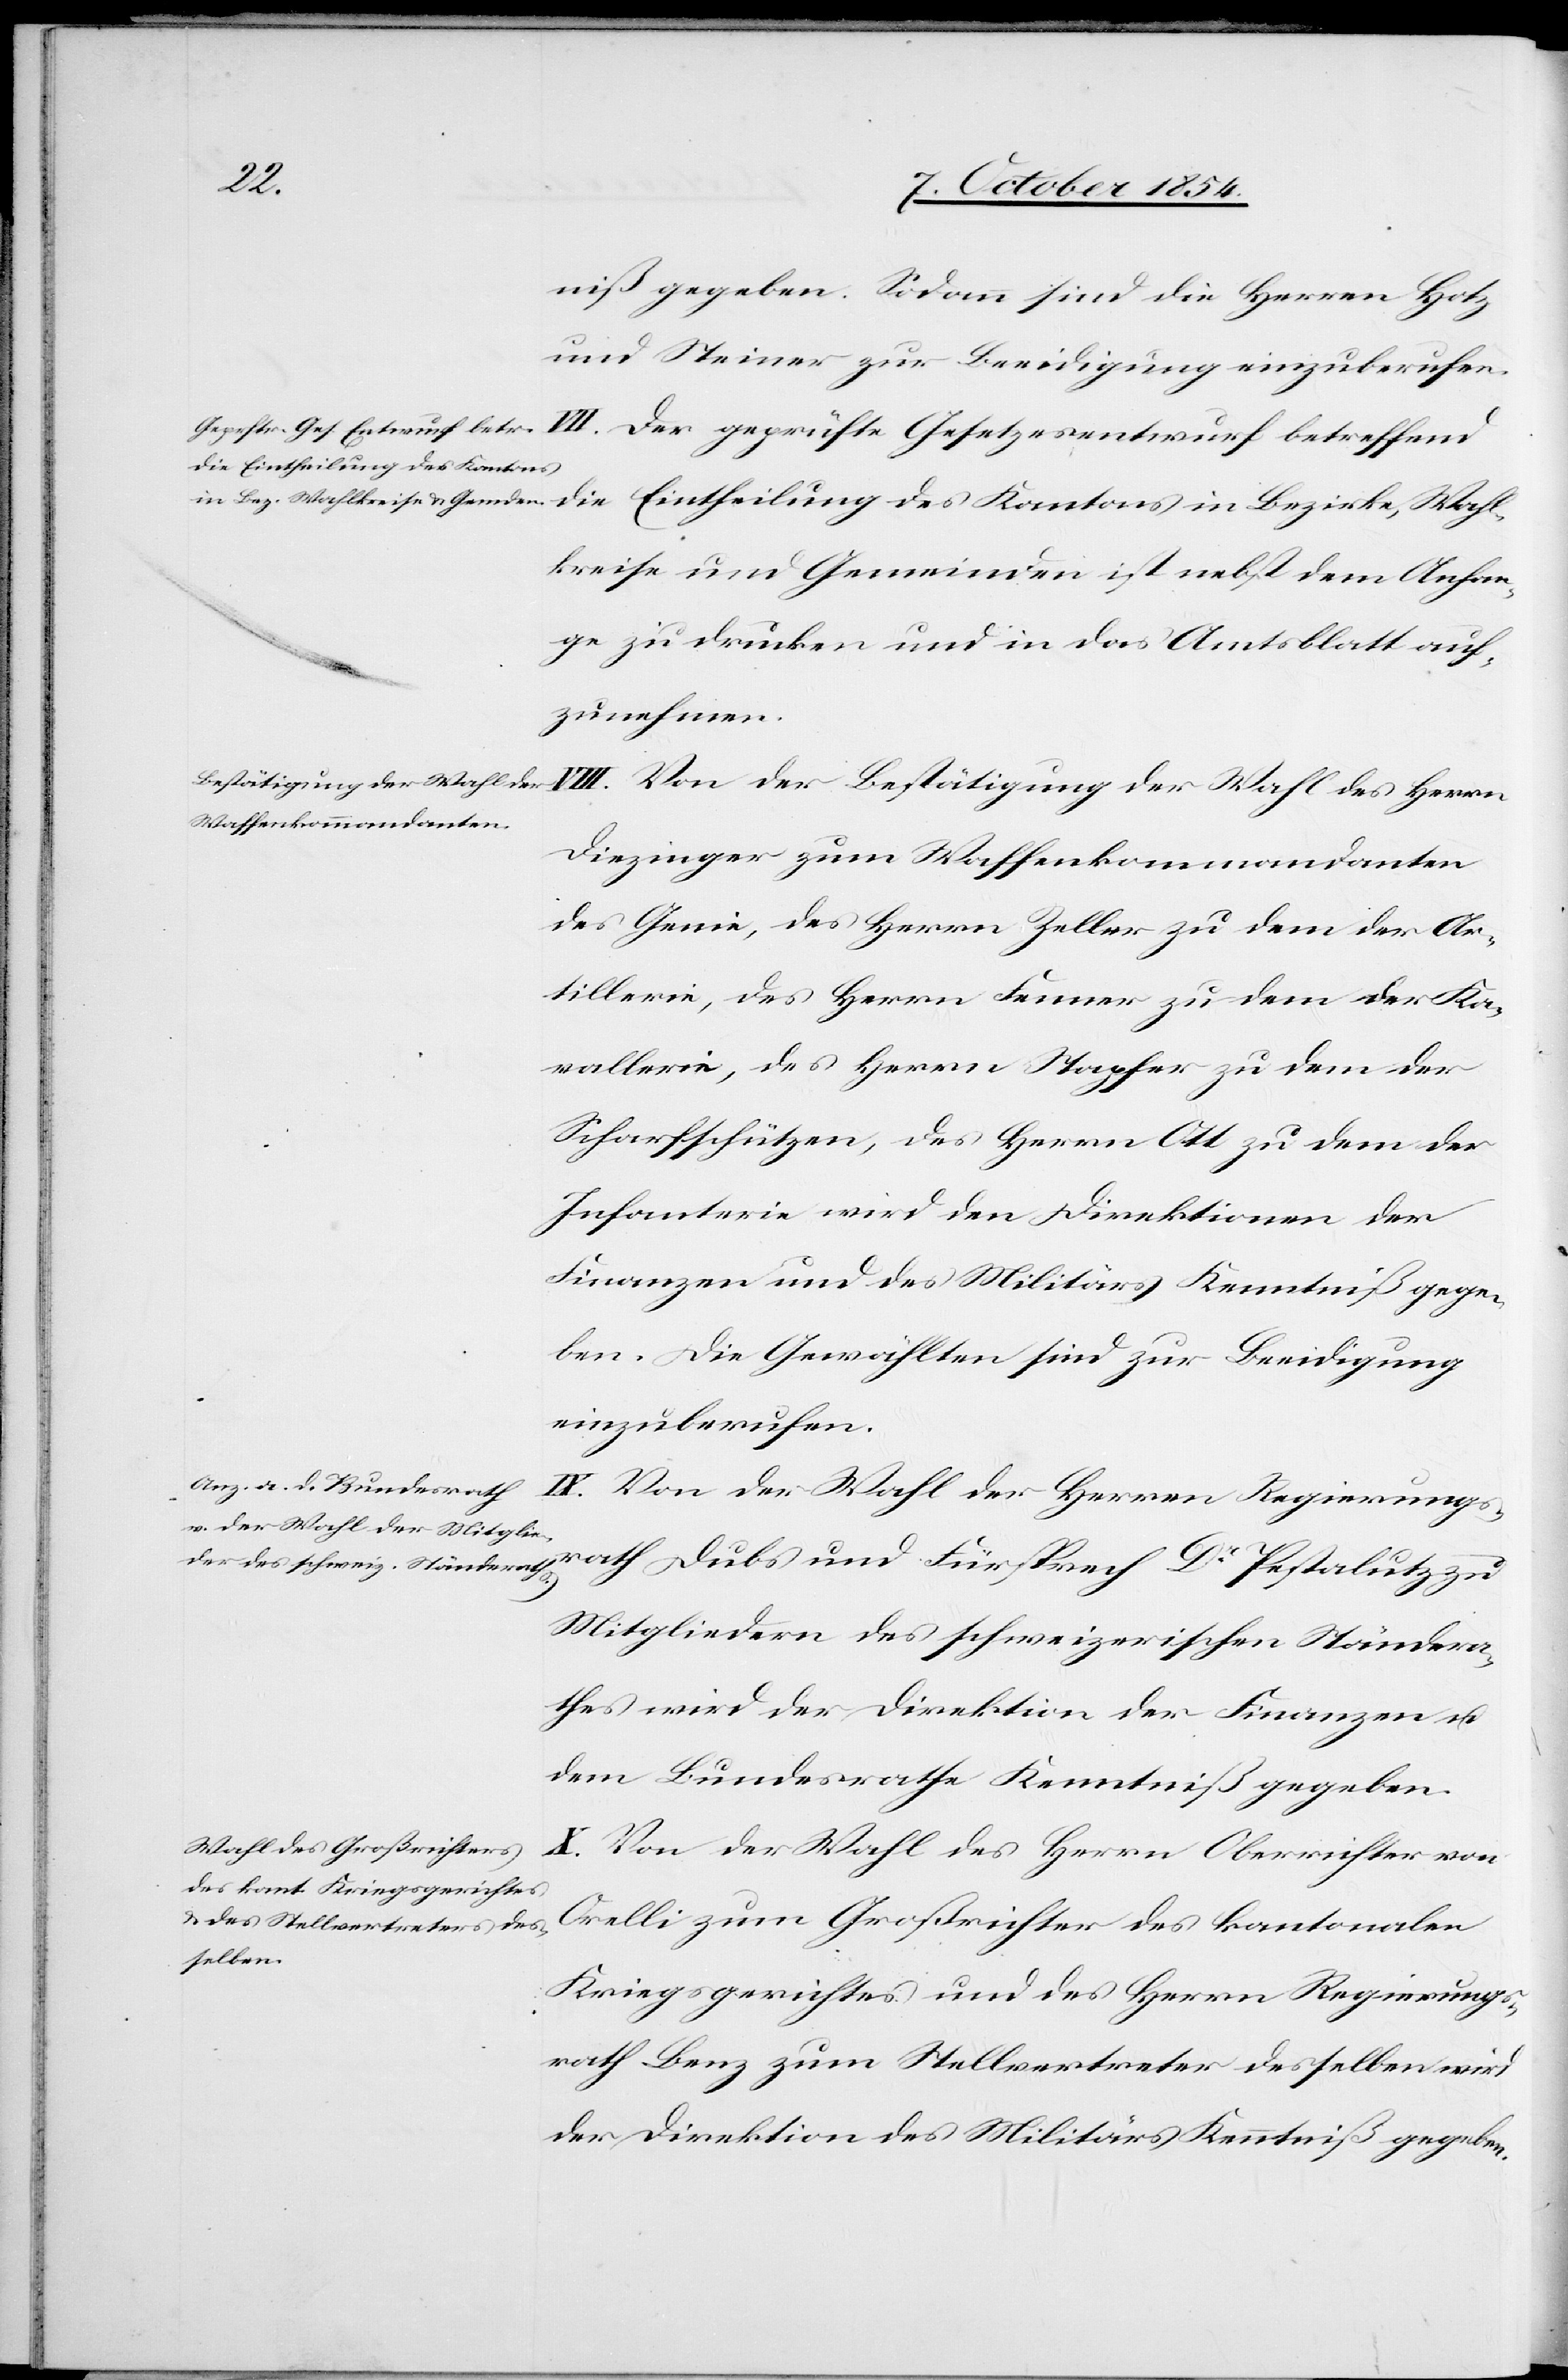
rath
niß gegeben. Sodann sind die Herren Hotz
und Steiner zur Beeidigung einzuberufen.
VII. Der geprüfte Gesetzesentwurf betreffend
die Eintheilung des Kantons
kreise und Gemeinden ist nebst dem Anhan¬
ge zu drucken und in das Amtsblatt auf¬
zunehmen.
VIII. Von der Bestätigung der Wahl des Herrn
Diezinger zum Waffenkommandanten
des Genie, des Herrn Zeller zu dem der Ar¬
tillerie, des Herrn Fenner zu dem der Ka¬
vallerie, des Herrn Stapfer zu dem der
Scharfschützen, des Herrn Ott zu dem der
Infanterie wird den Direktionen der
Finanzen und des Militärs Kenntniß gege¬
ben. Die Gewählten sind zur Beeidigung
einzuberufen.
IX. Von der Wahl der Herren Regierungs¬
Mitgliedern des schweizerischen Ständera¬
thes wird der Direktion der Finanzen u.
dem Bundesrathe Kenntniß gegeben.
Von der Wahl des Herrn Oberrichter von
Orelli zum Großrichter des kantonalen
Kriegsgerichtes und des Herrn Regierungs¬
rath Benz zum Stellvertreter desselben wird
der Direktion des Militärs Kenntniß gegeben.